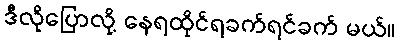
ဒီလိုပြောလို့ နေရထိုင်ရခက်ရင်ခက် မယ်။